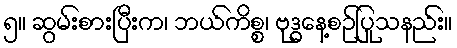
၅။ ဆွမ်းစားပြီးက၊ ဘယ်ကိစ္စ၊ ဗုဒ္ဓနေ့စဉ်ပြုသနည်း။